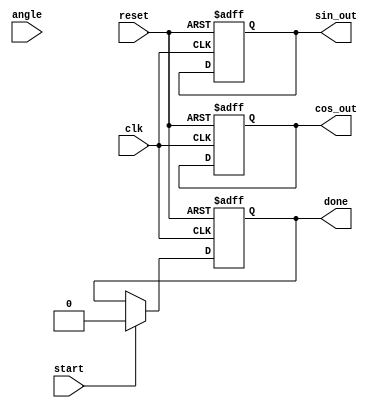
module adaptive_cordic #(
    parameter N_ITER = 16,     // Number of iterations
    parameter FIXED_POINT_WIDTH = 16
)(
    input wire clk,
    input wire reset,
    input wire start,
    input wire signed [FIXED_POINT_WIDTH-1:0] angle,  // Input angle in fixed-point format
    output reg signed [FIXED_POINT_WIDTH-1:0] cos_out,  // Cosine output
    output reg signed [FIXED_POINT_WIDTH-1:0] sin_out,  // Sine output
    output reg done
);
    // Constants
    reg signed [FIXED_POINT_WIDTH-1:0] atan_table [0:N_ITER-1];  // Lookup table for arctan values
    reg signed [FIXED_POINT_WIDTH-1:0] current_x, current_y;      // Current x and y values
    reg signed [FIXED_POINT_WIDTH-1:0] current_angle;              // Current angle
    reg [3:0] iteration;                                            // Iteration count

    // Initialize arctan values
    initial begin
        // Populate atan_table with precomputed arctan values
        // Note: These values should be scaled based on FIXED_POINT_WIDTH
        atan_table[0] = 16'h26DD; // atan(2^-0) (scaled)
        atan_table[1] = 16'h1D89; // atan(2^-1)
        atan_table[2] = 16'h136C; // atan(2^-2)
        atan_table[3] = 16'h0A3D; // atan(2^-3)
        atan_table[4] = 16'h0516; // atan(2^-4)
        atan_table[5] = 16'h028B; // atan(2^-5)
        atan_table[6] = 16'h0143; // atan(2^-6)
        atan_table[7] = 16'h00A2; // atan(2^-7)
        // Add more values as needed...
    end

    // State machine for CORDIC operation
    always @(posedge clk or posedge reset) begin
        if (reset) begin
            cos_out <= 0;
            sin_out <= 0;
            current_x <= 16'h10000; // Initial value for cosine (1.0 in fixed-point)
            current_y <= 0;         // Initial value for sine (0.0 in fixed-point)
            current_angle <= 0;
            iteration <= 0;
            done <= 0;
        end else if (start) begin
            // Reset states
            current_angle <= angle;
            current_x <= 16'h10000; // 1.0 in fixed-point
            current_y <= 0;
            iteration <= 0;
            done <= 0;
        end else if (iteration < N_ITER) begin
            // CORDIC rotation logic
            if (current_angle >= 0) begin
                // Rotate counter-clockwise
                current_x <= current_x - (current_y >>> iteration);
                current_y <= current_y + (current_x >>> iteration);
                current_angle <= current_angle - atan_table[iteration];
            end else begin
                // Rotate clockwise
                current_x <= current_x + (current_y >>> iteration);
                current_y <= current_y - (current_x >>> iteration);
                current_angle <= current_angle + atan_table[iteration];
            end
            iteration <= iteration + 1;
        end else if (iteration == N_ITER) begin
            // Final output after iterations
            cos_out <= current_x; // Final x is cosine
            sin_out <= current_y; // Final y is sine
            done <= 1;            // Indicate completion
        end
    end
endmodule